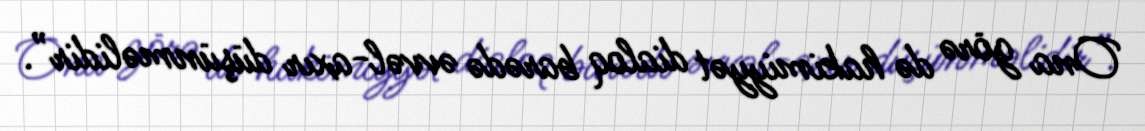
Ona görə də hakimiyyət dialoq barədə əvvəl-axır düşünməlidir”.